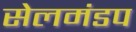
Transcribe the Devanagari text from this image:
सेलमंडप